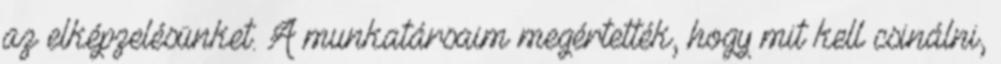
az elképzelésünket. A munkatársaim megértették, hogy mit kell csinálni,